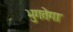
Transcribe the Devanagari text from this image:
भुगतेगा